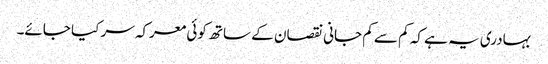
بہادری یہ ہے کہ کم سے کم جانی نقصان کے ساتھ کوئی معرکہ سر کیا جائے۔